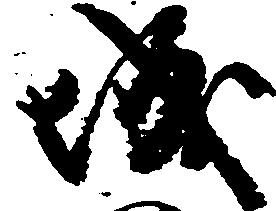
城